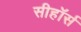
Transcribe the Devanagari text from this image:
सीहॉर्स